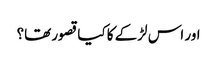
اور اس لڑکے کا کیا قصور تھا؟